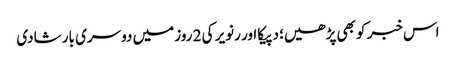
اس خبر کو بھی پڑھیں؛ دپیکا اور رنویر کی 2 روز میں دوسری بار شادی